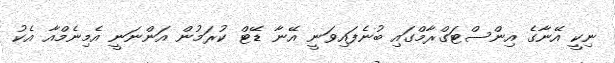
ނިކީ އޭނާގެ އިންސްޓަގްރާމްގައި ބުނެފައިވަނީ އޭނާ ޑޭޓް ކުރަމުން އަންނަނީ އެމިނެމްއާ އެކު